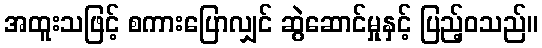
အထူးသဖြင့် စကားပြောလျှင် ဆွဲဆောင်မှုနှင့် ပြည့်ဝသည်။